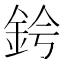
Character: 𫒑